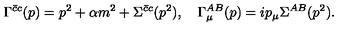
\Gamma ^ { \bar { c } c } ( p ) = p ^ { 2 } + \alpha m ^ { 2 } + \Sigma ^ { \bar { c } c } ( p ^ { 2 } ) , \quad \Gamma _ { \mu } ^ { A B } ( p ) = i p _ { \mu } \Sigma ^ { A B } ( p ^ { 2 } ) .